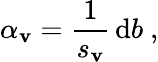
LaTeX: \alpha_{\mathbf{v}}=\frac{{1}}{{s_{\mathbf{v}}}}\, \mathrm{{d}}b\ ,